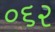
૦૬૨